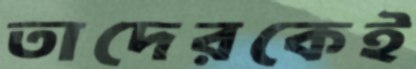
তাদেরকেই